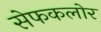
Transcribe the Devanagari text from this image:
सेफकलोर